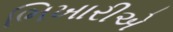
ભિખારીએ